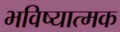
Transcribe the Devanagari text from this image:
भविष्यात्मक